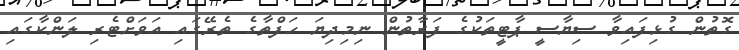
ގޮތުން ގުޅިފައިވާ ސިޔާސީ ޕާޓީތަކުގެ ފަރާތުން ނިމިދިޔަ ހަފްތާގެ ތެރޭގައި އަވަށްޓެރި ލަންކާގައި